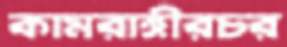
কামরাঙ্গীরচর